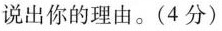
说出你的理由。(4分)